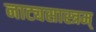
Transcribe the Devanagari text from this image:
नाट्यसास्त्रम्